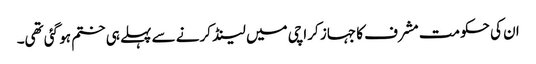
ان کی حکومت مشرف کا جہاز کراچی میں لینڈ کرنے سے پہلے ہی ختم ہو گئی تھی۔